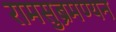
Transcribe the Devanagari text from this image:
रामसुब्रमण्यन